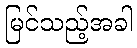
မြင်သည့်အခါ